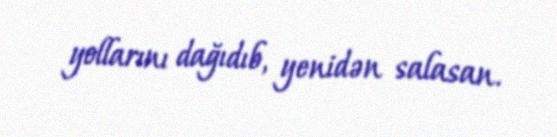
yollarını dağıdıb, yenidən salasan.